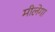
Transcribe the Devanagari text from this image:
मीलेगा